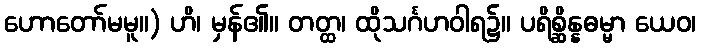
ဟောတော်မမူ။) ဟိ၊ မှန်၏။ တတ္ထ၊ ထိုသင်္ဂဟဝါရ၌။ ပရိစ္ဆိန္နဓမ္မာ ယေဝ၊